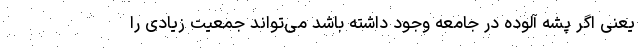
یعنی اگر پشه آلوده در جامعه وجود داشته باشد می‌تواند جمعیت زیادی را